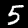
Label: 5